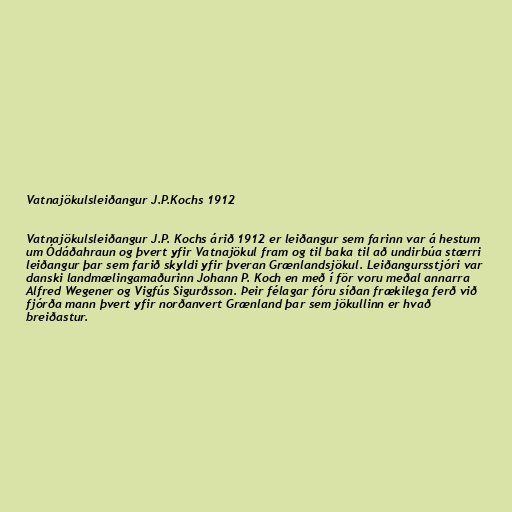
Vatnajökulsleiðangur J.P.Kochs 1912

Vatnajökulsleiðangur J.P. Kochs árið 1912 er leiðangur sem farinn var á hestum
um Ódáðahraun og þvert yfir Vatnajökul fram og til baka til að undirbúa stærri
leiðangur þar sem farið skyldi yfir þveran Grænlandsjökul. Leiðangursstjóri var
danski landmælingamaðurinn Johann P. Koch en með í för voru meðal annarra
Alfred Wegener og Vigfús Sigurðsson. Þeir félagar fóru síðan frækilega ferð við
fjórða mann þvert yfir norðanvert Grænland þar sem jökullinn er hvað
breiðastur.